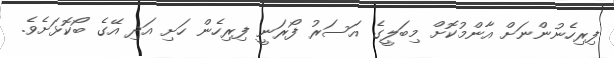
ފިރިހެނުންނަށް އާންމުކޮށް މިބަލީގެ އަސަރު ފޯރަނީ ފިރިހެން ހަށި އަދި އޭގެ ބޯކޮޅަށެވެ.